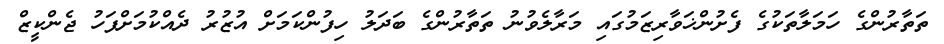
ތަތާރުންގެ ހަމަލާތަކުގެ ފެށުންޚަވާރިޒަމުގައި މަރާލެވުނު ތަތާރުންގެ ބަދަލު ހިފުންކަމަށް އުޒުރު ދެއްކުމަށްފަހު ޖެންކީޒް